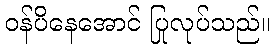
ဝန်ပိနေအောင် ပြုလုပ်သည်။